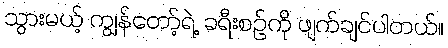
သွားမယ့် ကျွန်တော့်ရဲ့ ခရီးစဉ်ကို ဖျက်ချင်ပါတယ်။